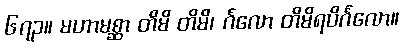
၆၇၃။ မဟာမစ္ဆာ တိမိ တိမိ၊ င်္ဂလော တိမိရပိင်္ဂလော။